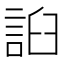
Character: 𧧖